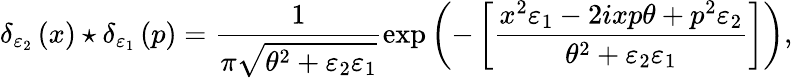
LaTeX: \delta_{\varepsilon_{2}}\left(x\right)\star\delta_{\varepsilon_{1}}\left(p\right)=\frac{1}{\pi\sqrt{\theta^{2}+\varepsilon_{2}\varepsilon_{1}}}\exp\left(-\left[\frac{x^{2}\varepsilon_{1}-2ixp\theta+p^{2}\varepsilon_{2}}{\theta^{2}+\varepsilon_{2}\varepsilon_{1}}\right]\right),